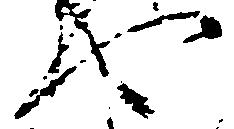
可